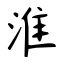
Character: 淮